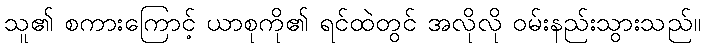
သူ၏ စကားကြောင့် ယာစုကို၏ ရင်ထဲတွင် အလိုလို ဝမ်းနည်းသွားသည်။